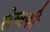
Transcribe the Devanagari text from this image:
लेव्‍सकी